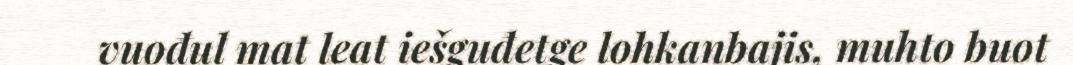
vuođul mat leat iešguđetge lohkanbajis, muhto buot